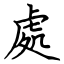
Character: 處